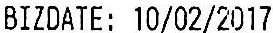
BIZDATE: 10/02/2017